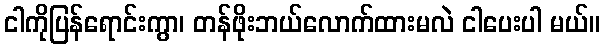
ငါကိုပြန်ရောင်းကွာ၊ တန်ဖိုးဘယ်လောက်ထားမလဲ ငါပေးပါ မယ်။